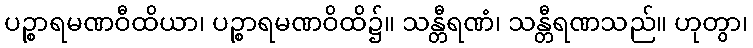
ပဉ္စာရမဏဝီထိယာ၊ ပဉ္စာရမဏဝိထိ၌။ သန္တီရဏံ၊ သန္တီရဏသည်။ ဟုတွာ၊